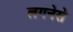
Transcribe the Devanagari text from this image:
लगनेसे